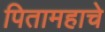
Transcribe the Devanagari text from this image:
पितामहाचे